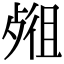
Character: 𣨖